Lunatic asylums Central Provinces reports 1874-1885 - 1874-1885
Year: 1874
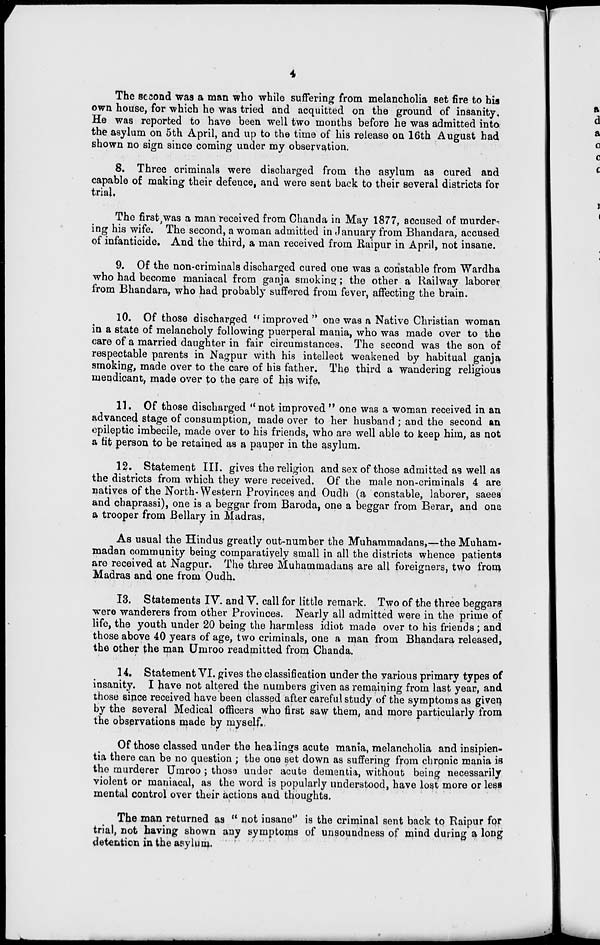
4
The second was a man who while suffering from melancholia set fire to his
own house, for which he was tried and acquitted on the ground of insanity.
He was reported to have been well two months before he was admitted into
the asylum on 5th April, and up to the time of his release on 16th August had
shown no sign since coming under my observation.
8. Three criminals were discharged from the asylum as cured and
capable of making their defence, and were sent back to their several districts for
trial.
The first, was a man received from Chanda in May 1877, accused of murder-
ing his wife. The second, a woman admitted in January from Bhandara, accused
of infanticide. And the third, a man received from Raipur in April, not insane.
9. Of the non-criminals discharged cured one was a constable from Wardha
who had become maniacal from ganja smoking ; the other a Railway laborer
from Bhandara, who had probably suffered from fever, affecting the brain.
10. Of those discharged " improved" one was a Native Christian woman
in a state of melancholy following puerperal mania, who was made over to the
care of a married daughter in fair circumstances. The second was the son of
respectable parents in Nagpur with his intellect weakened by habitual ganja
smoking, made over to the care of his father. The third a wandering religious
mendicant, made over to the care of his wife.
11. Of those discharged " not improved " one was a woman received in an
advanced stage of consumption, made over to her husband ; and the second an
epileptic imbecile, made over to his friends, who are well able to keep him, as not
a fit person to be retained as a pauper in the asylum.
12. Statement III. gives the religion and sex of those admitted as well as
the districts from which they were received. Of the male non-criminals 4 are
natives of the North-Western Provinces and Oudh (a constable, laborer, saees
and chaprassi), one is a beggar from Baroda, one a beggar from Berar, and one
a trooper from Bellary in Madras.
As usual the Hindus greatly out-number the Muhammadans,—the Muham-
madan community being comparatively small in all the districts whence patients
are received at Nagpur. The three Muhammadans are all foreigners, two from
Madras and one from Oudh.
13. Statements IV. and V. call for little remark. Two of the three beggars
were wanderers from other Provinces. Nearly all admitted were in the prime of
life, the youth under 20 being the harmless idiot made over to his friends ; and
those above 40 years of age, two criminals, one a man from Bhandara released,
the other the man Umroo readmitted from Chanda.
14. Statement VI. gives the classification under the various primary types of
insanity. I have not altered the numbers given as remaining from last year, and
those since received have been classed after careful study of the symptoms as given
by the several Medical officers who first saw them, and more particularly from
the observations made by myself.
Of those classed under the headings acute mania, melancholia and insipien-
tia there can be no question ; the one set down as suffering from chronic mania is
the murderer Umroo ; those under acute dementia, without being necessarily
violent or maniacal, as the word is popularly understood, have lost more or less
mental control over their actions and thoughts.
The man returned as " not insane" is the criminal sent back to Raipur for
trial, not having shown any symptoms of unsoundness of mind during a long
detention in the asylum.